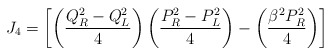
\begin{align*}J_4 = \left[ \left({Q_R^2 - Q_L^2 \over 4}\right) \left({P_R^2 - P_L^2 \over 4}\right) - \left({\beta^2 P_R^2 \over 4}\right) \right]\end{align*}